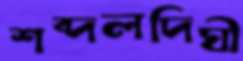
শব্দলদিঘী